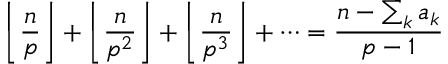
\left\lfloor { \frac { n } { p } } \right\rfloor + \left\lfloor { \frac { n } { p ^ { 2 } } } \right\rfloor + \left\lfloor { \frac { n } { p ^ { 3 } } } \right\rfloor + \dots = { \frac { n - \sum _ { k } a _ { k } } { p - 1 } }